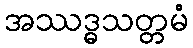
အဿဒ္ဓသတ္တမံ